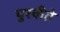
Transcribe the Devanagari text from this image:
पुरवीते